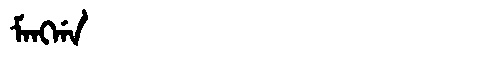
Manchu: ᠮᠠᠩᡤᠠ
Romanization: MANGGA